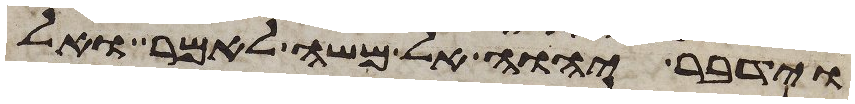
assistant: וידבר יהוה אל משה לאמר ואל